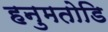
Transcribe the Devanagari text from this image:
हनुमतोडि